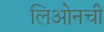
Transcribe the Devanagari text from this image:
लिओनची